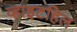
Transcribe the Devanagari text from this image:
व्हाइटहिल